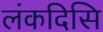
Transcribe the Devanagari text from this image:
लंकदिसि